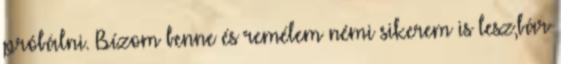
próbálni. Bízom benne és remélem némi sikerem is lesz,bár